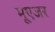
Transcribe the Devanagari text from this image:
मूएजर